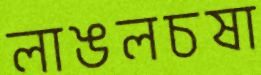
লাঙলচষা